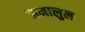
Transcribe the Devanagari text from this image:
जमालुल